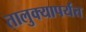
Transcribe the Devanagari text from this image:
तालुक्यापर्यंत